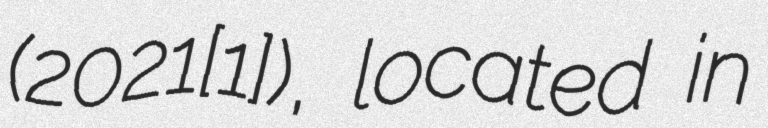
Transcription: (2021[1]), located in